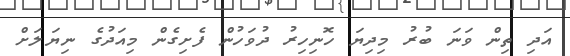
އަދި ތިން ވަނަ ބުރު މިދިޔަ ހޮނިހިރު ދުވަހުން ފެށިގެން މިއަދުގެ ނިޔަލަށް